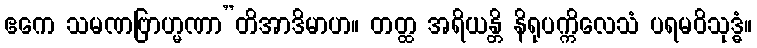
ဧကေ သမဏဗြာဟ္မဏာ”တိအာဒိမာဟ။ တတ္ထ အရိယန္တိ နိရုပက္ကိလေသံ ပရမဝိသုဒ္ဓံ။